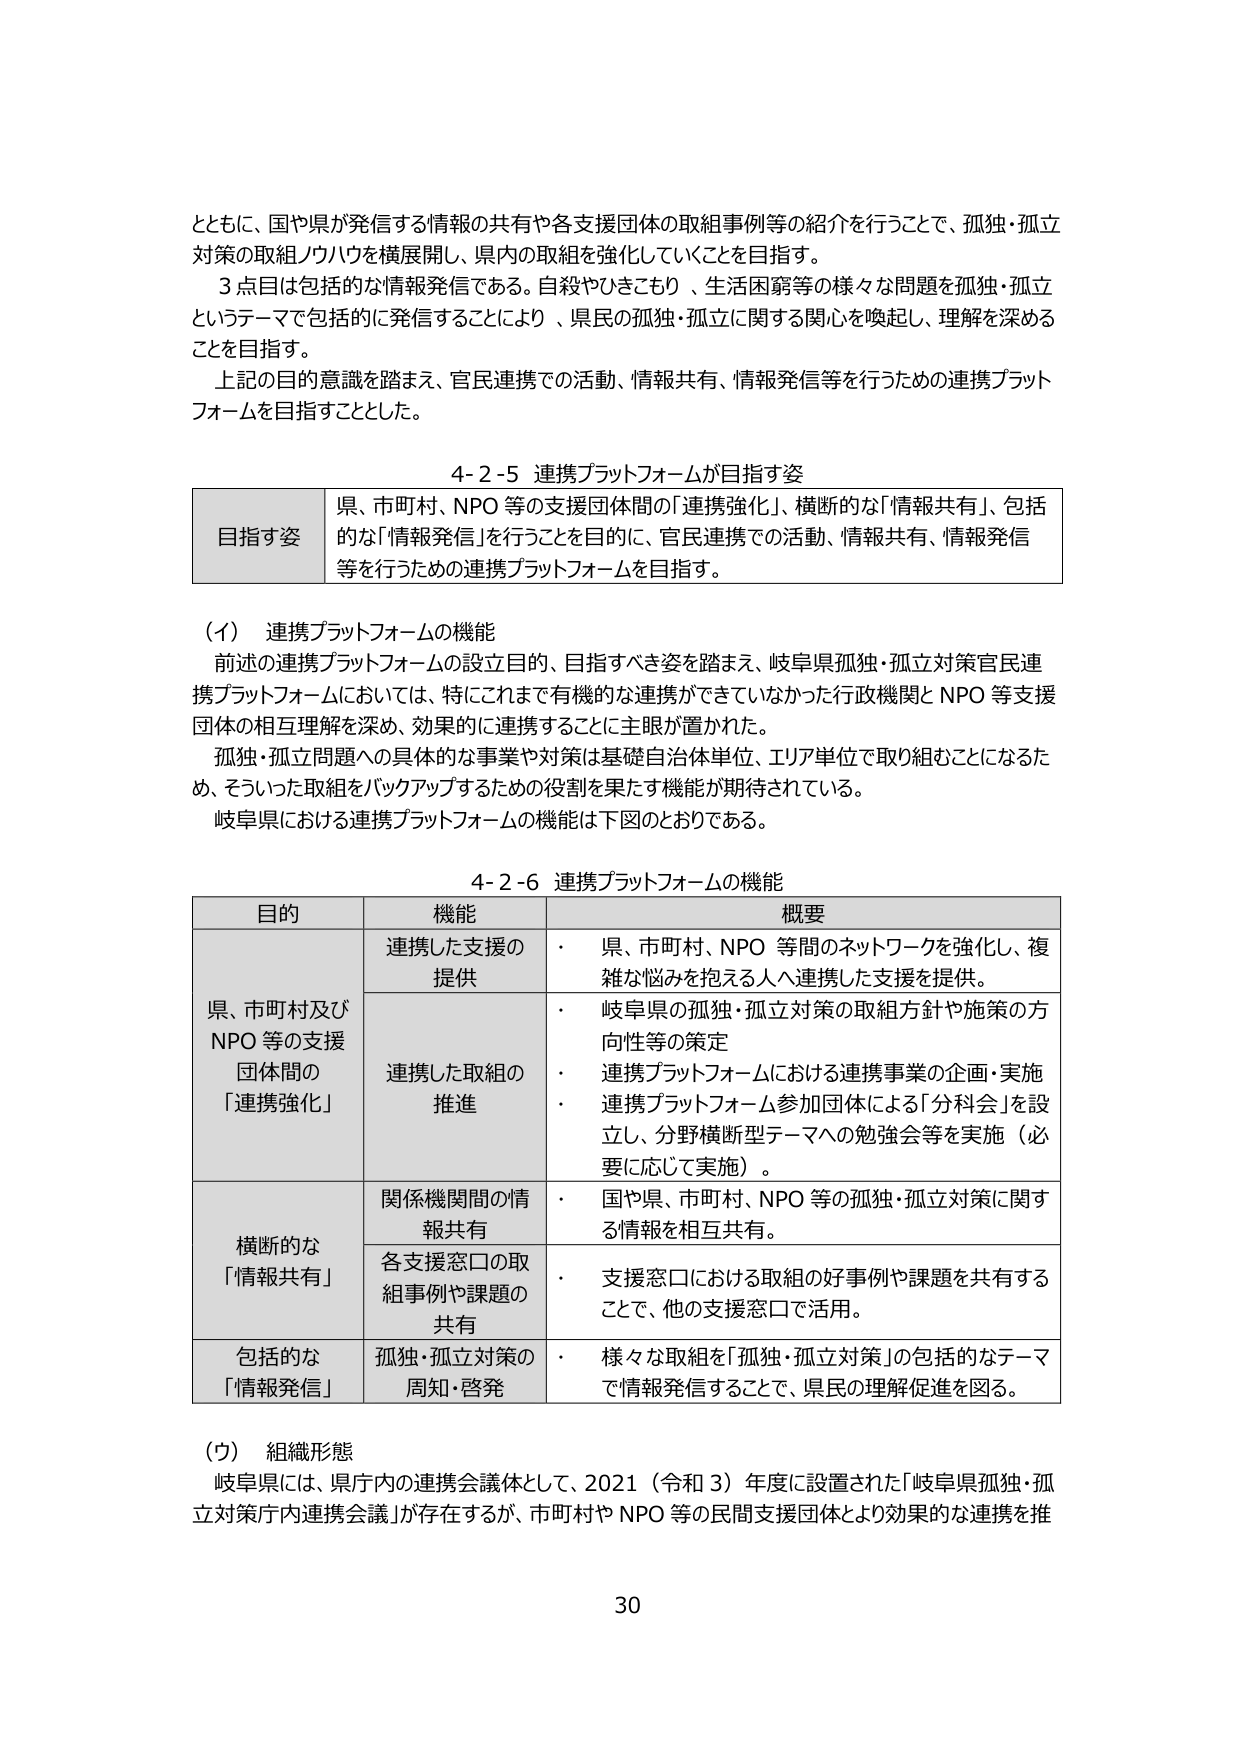
とともに、国や県が発信する情報の共有や各支援団体の取組事例等の紹介を行うことで、孤独・孤立対策の取組ノウハウを横展開し、県内の取組を強化していくことを目指す。

3点目は包括的な情報発信である。自殺やひきこもり、生活困窮等の様々な問題を孤独・孤立というテーマで包括的に発信することにより、県民の孤独・孤立に関する関心を喚起し、理解を深めることを目指す。

上記の目的意識を踏まえ、官民連携での活動、情報共有、情報発信等を行うための連携プラットフォームを目指すこととした。

4-2-5 連携プラットフォームが目指す姿

| 目指す姿 | 県、市町村、NPO 等の支援団体間の「連携強化」、横断的な「情報共有」、包括的な「情報発信」を行うことを目的に、官民連携での活動、情報共有、情報発信等を行うための連携プラットフォームを目指す。 |

（イ） 連携プラットフォームの機能

前述の連携プラットフォームの設立目的、目指すべき姿を踏まえ、岐阜県孤独・孤立対策官民連携プラットフォームにおいては、特にこれまで有機的な連携ができていなかった行政機関とNPO等支援団体の相互理解を深め、効果的に連携することに主眼が置かれた。

孤独・孤立問題への具体的な事業や対策は基礎自治体単位、エリア単位で取り組むことになるため、そういった取組をバックアップするための役割を果たす機能が期待されている。

岐阜県における連携プラットフォームの機能は下図のとおりである。

4-2-6 連携プラットフォームの機能

| 目的 | 機能 | 概要 |
|---|---|---|
| 県、市町村及びNPO等の支援団体間の「連携強化」 | 連携した支援の提供 | ・ 県、市町村、NPO等間のネットワークを強化し、複雑な悩みを抱える人へ連携した支援を提供。 |
| | 連携した取組の推進 | ・ 岐阜県の孤独・孤立対策の取組方針や施策の方向性等の策定<br>・ 連携プラットフォームにおける連携事業の企画・実施<br>・ 連携プラットフォーム参加団体による「分科会」を設立し、分野横断型テーマへの勉強会等を実施（必要に応じて実施）。 |
| 横断的な「情報共有」 | 関係機関間の情報共有 | ・ 国や県、市町村、NPO等の孤独・孤立対策に関する情報を相互共有。 |
| | 各支援窓口の取組事例や課題の共有 | ・ 支援窓口における取組の好事例や課題を共有することで、他の支援窓口で活用。 |
| 包括的な「情報発信」 | 孤独・孤立対策の周知・啓発 | ・ 様々な取組を「孤独・孤立対策」の包括的なテーマで情報発信することで、県民の理解促進を図る。 |

（ウ） 組織形態

岐阜県には、県庁内の連携会議体として、2021（令和3）年度に設置された「岐阜県孤独・孤立対策庁内連携会議」が存在するが、市町村やNPO等の民間支援団体とより効果的な連携を推

30